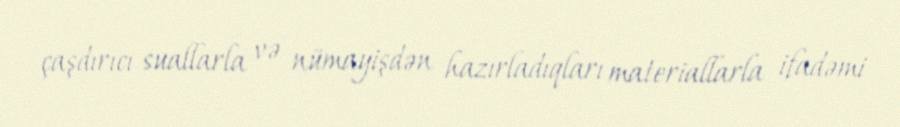
çaşdırıcı suallarla və nümayişdən hazırladıqları materiallarla ifadəmi